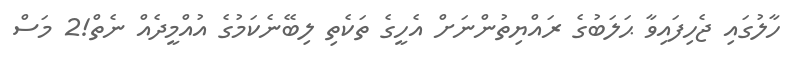
ހާލުގައި ޖެހިފައިވާ ޙަލަބުގެ ރައްޔިތުންނަށް އެހީގެ ތަކެތި ލިބޭނެކަމުގެ އުއްމީދެއް ނެތް!2 މަސް